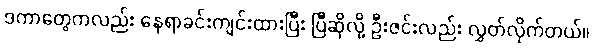
ဒကာတွေကလည်း နေရာခင်းကျင်းထားပြီး ပြီဆိုလို့ ဦးဇင်းလည်း လွှတ်လိုက်တယ်။